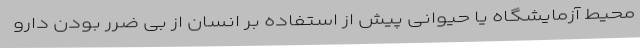
محیط آزمایشگاه یا حیوانی پیش از استفاده بر انسان از بی ضرر بودن دارو